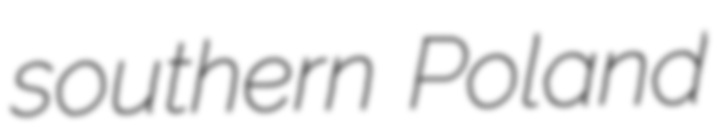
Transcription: southern Poland